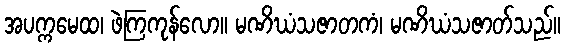
အပက္ကမေထ၊ ဖဲကြကုန်လော။ မဏိဃံသဇာတကံ၊ မဏိဃံသဇာတ်သည်။